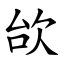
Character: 㰧